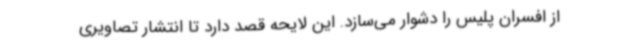
از افسران پلیس را دشوار می‌سازد. این لایحه قصد دارد تا انتشار تصاویری